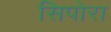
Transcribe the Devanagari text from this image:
सिपोरा